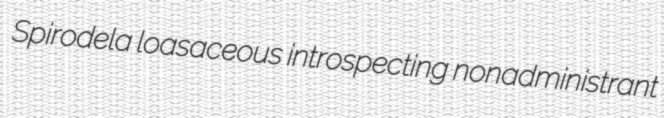
Spirodela loasaceous introspecting nonadministrant